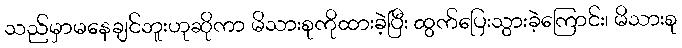
သည်မှာမနေချင်ဘူးဟုဆိုကာ မိသားစုကိုထားခဲ့ပြီး ထွက်ပြေးသွားခဲ့ကြောင်း၊ မိသားစု